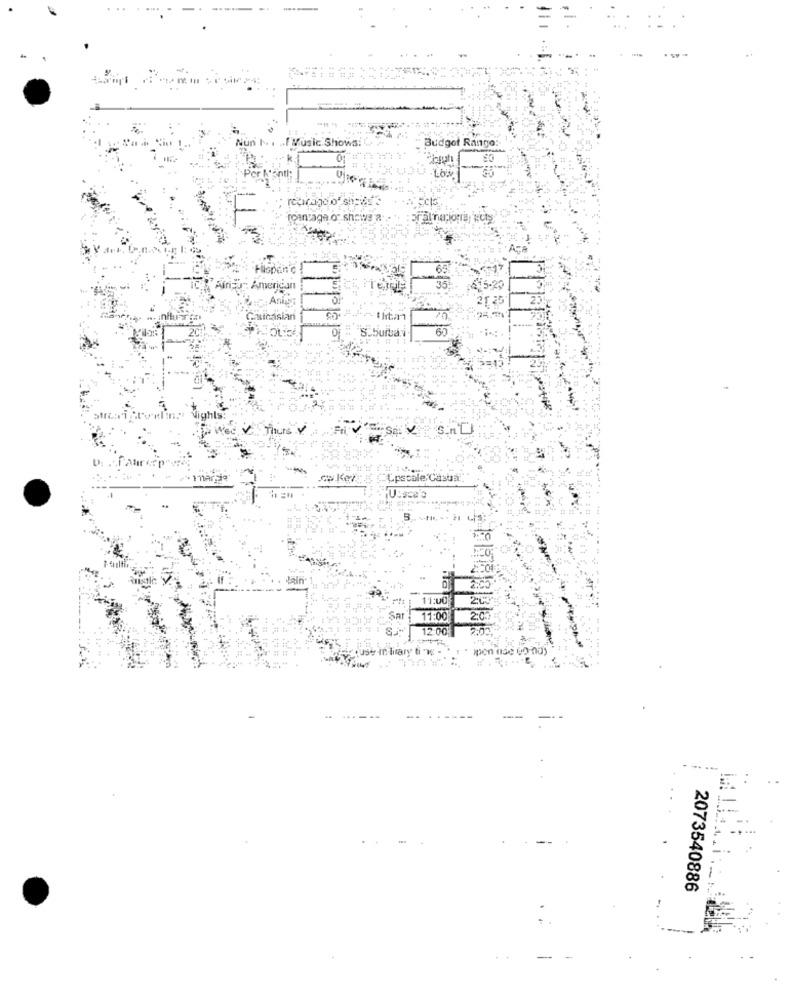
I Music Shows:
Budget Rango:
roantage o" shows a.
ATA
Filspen'℃
65
American
₹5-20
Aniny
2125
Linasian
S.buita
Thurs Y
cu ker:
upscale Casual
11:00
. Sar
11:00
12.00
--
-
2073540886